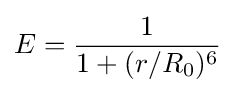
E={\frac {1}{1+(r/R_{0})^{6}}}